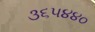
૩૬૫૪૪૦